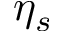
\eta _ { s }